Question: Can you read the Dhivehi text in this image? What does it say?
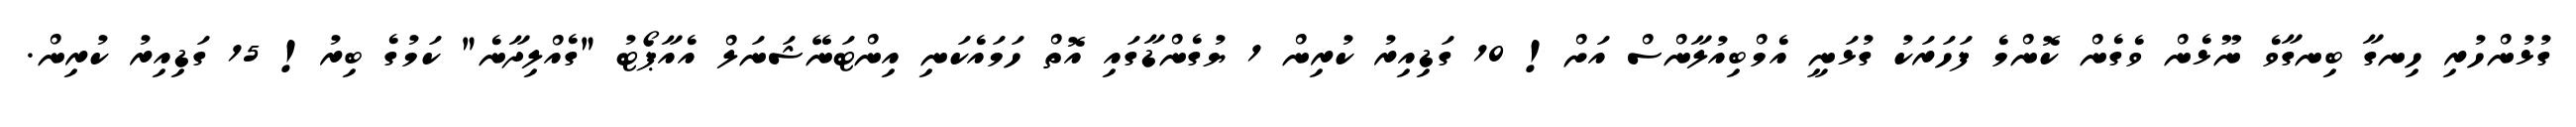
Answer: ގުޅުންހުރި ހިނގާ ބިނގާވެ ނޫޅެން ވެގެން ކޮންމެ ފަހަރަކު ގުޅަނީ އެމްބިއުލާންސް އަށް! 10 ގަޑިއިރު ކުރިން 1 ޔުގެންޑާގައި އޮތް ހަމައެކަނި އިންޓަނޭޝަނަލް އެއާޕޯޓު "ގެއްލިދާނެ" ކަމުގެ ބިރު! 15 ގަޑިއިރު ކުރިން.